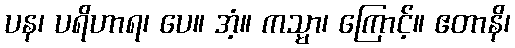
ပန၊ ပရိဟာရ၊ ပေ။ အံ့။ ကသ္မာ၊ ကြောင့်။ ဧတာနိ၊